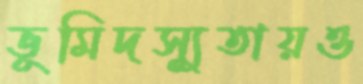
ভূমিদস্যুতায়ও